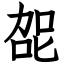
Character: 㖙